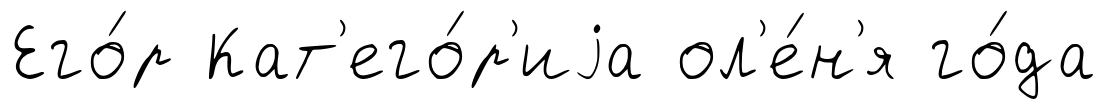
Его́р Кат'его́р'иjа ол'е́н'я го́да